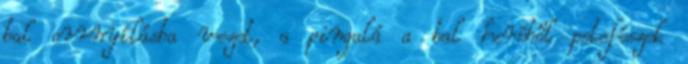
bal orrnyílásba vezet, a pingalá a bal heréből petefészek